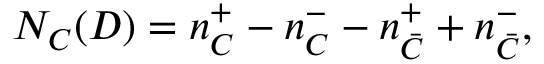
N _ { C } ( D ) = n _ { C } ^ { + } - n _ { C } ^ { - } - n _ { \bar { C } } ^ { + } + n _ { \bar { C } } ^ { - } ,